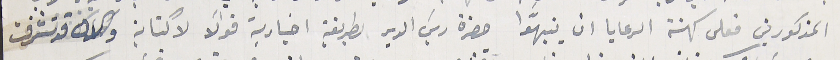
المذكورين فعلى كهنة الرعايا ان ينبهّوا حضرة ريسَ الدير بطريقة اخباريه قولاً  لاكتابة والان قد تشرفت